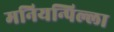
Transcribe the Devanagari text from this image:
मनियन्पिल्ला